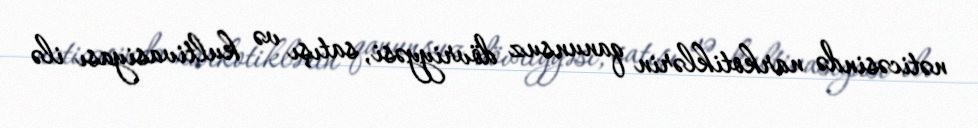
nəticəsində narkotiklərin qanunsuz dövriyyəsi, satışı və kultivasiyası ilə